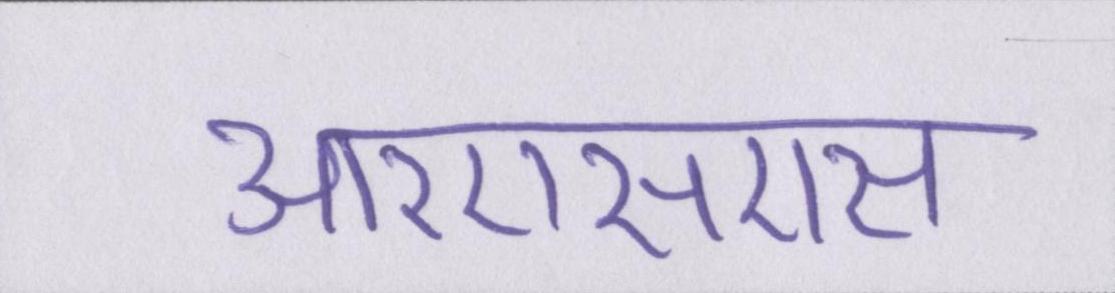
आरएसएस